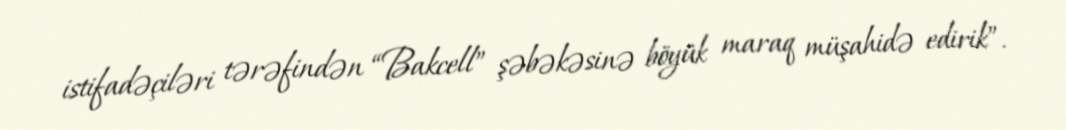
istifadəçiləri tərəfindən “Bakcell” şəbəkəsinə böyük maraq müşahidə edirik”.